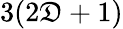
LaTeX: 3(2\mathfrak{D}+1)